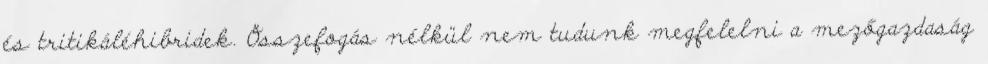
és tritikáléhibridek. Összefogás nélkül nem tudunk megfelelni a mezőgazdaság